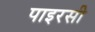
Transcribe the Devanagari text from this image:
पाइरसी